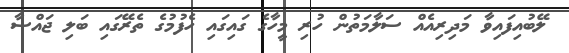
ލޭބުއިފައިވާ މަދިރިއެއް ސަލާމަތުން ހުރި މީހާގެ ގައިގައި ހެފުމުގެ ތެރޭގައި ބަލި ޖައްސާ